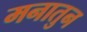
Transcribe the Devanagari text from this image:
मनातुन